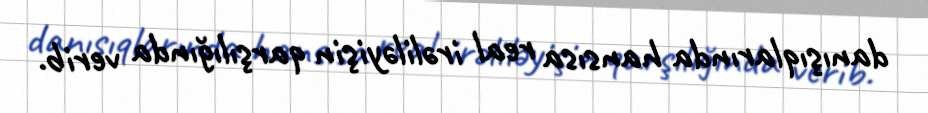
danışıqlarında hansısa real irəliləyişin qarşılığında verib.